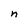
Character: n